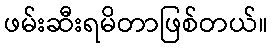
ဖမ်းဆီးရမိတာဖြစ်တယ်။